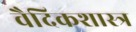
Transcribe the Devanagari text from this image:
वैदिकशास्त्र